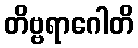
တိဗ္ဗရာဂေါတိ